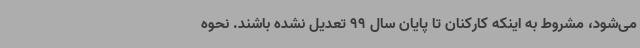
می‌شود، مشروط به اینکه کارکنان تا پایان سال 99 تعدیل نشده باشند. نحوه